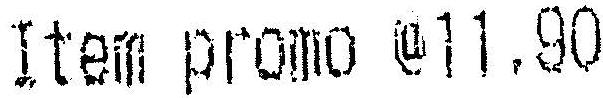
ITEM PROMO @11.90